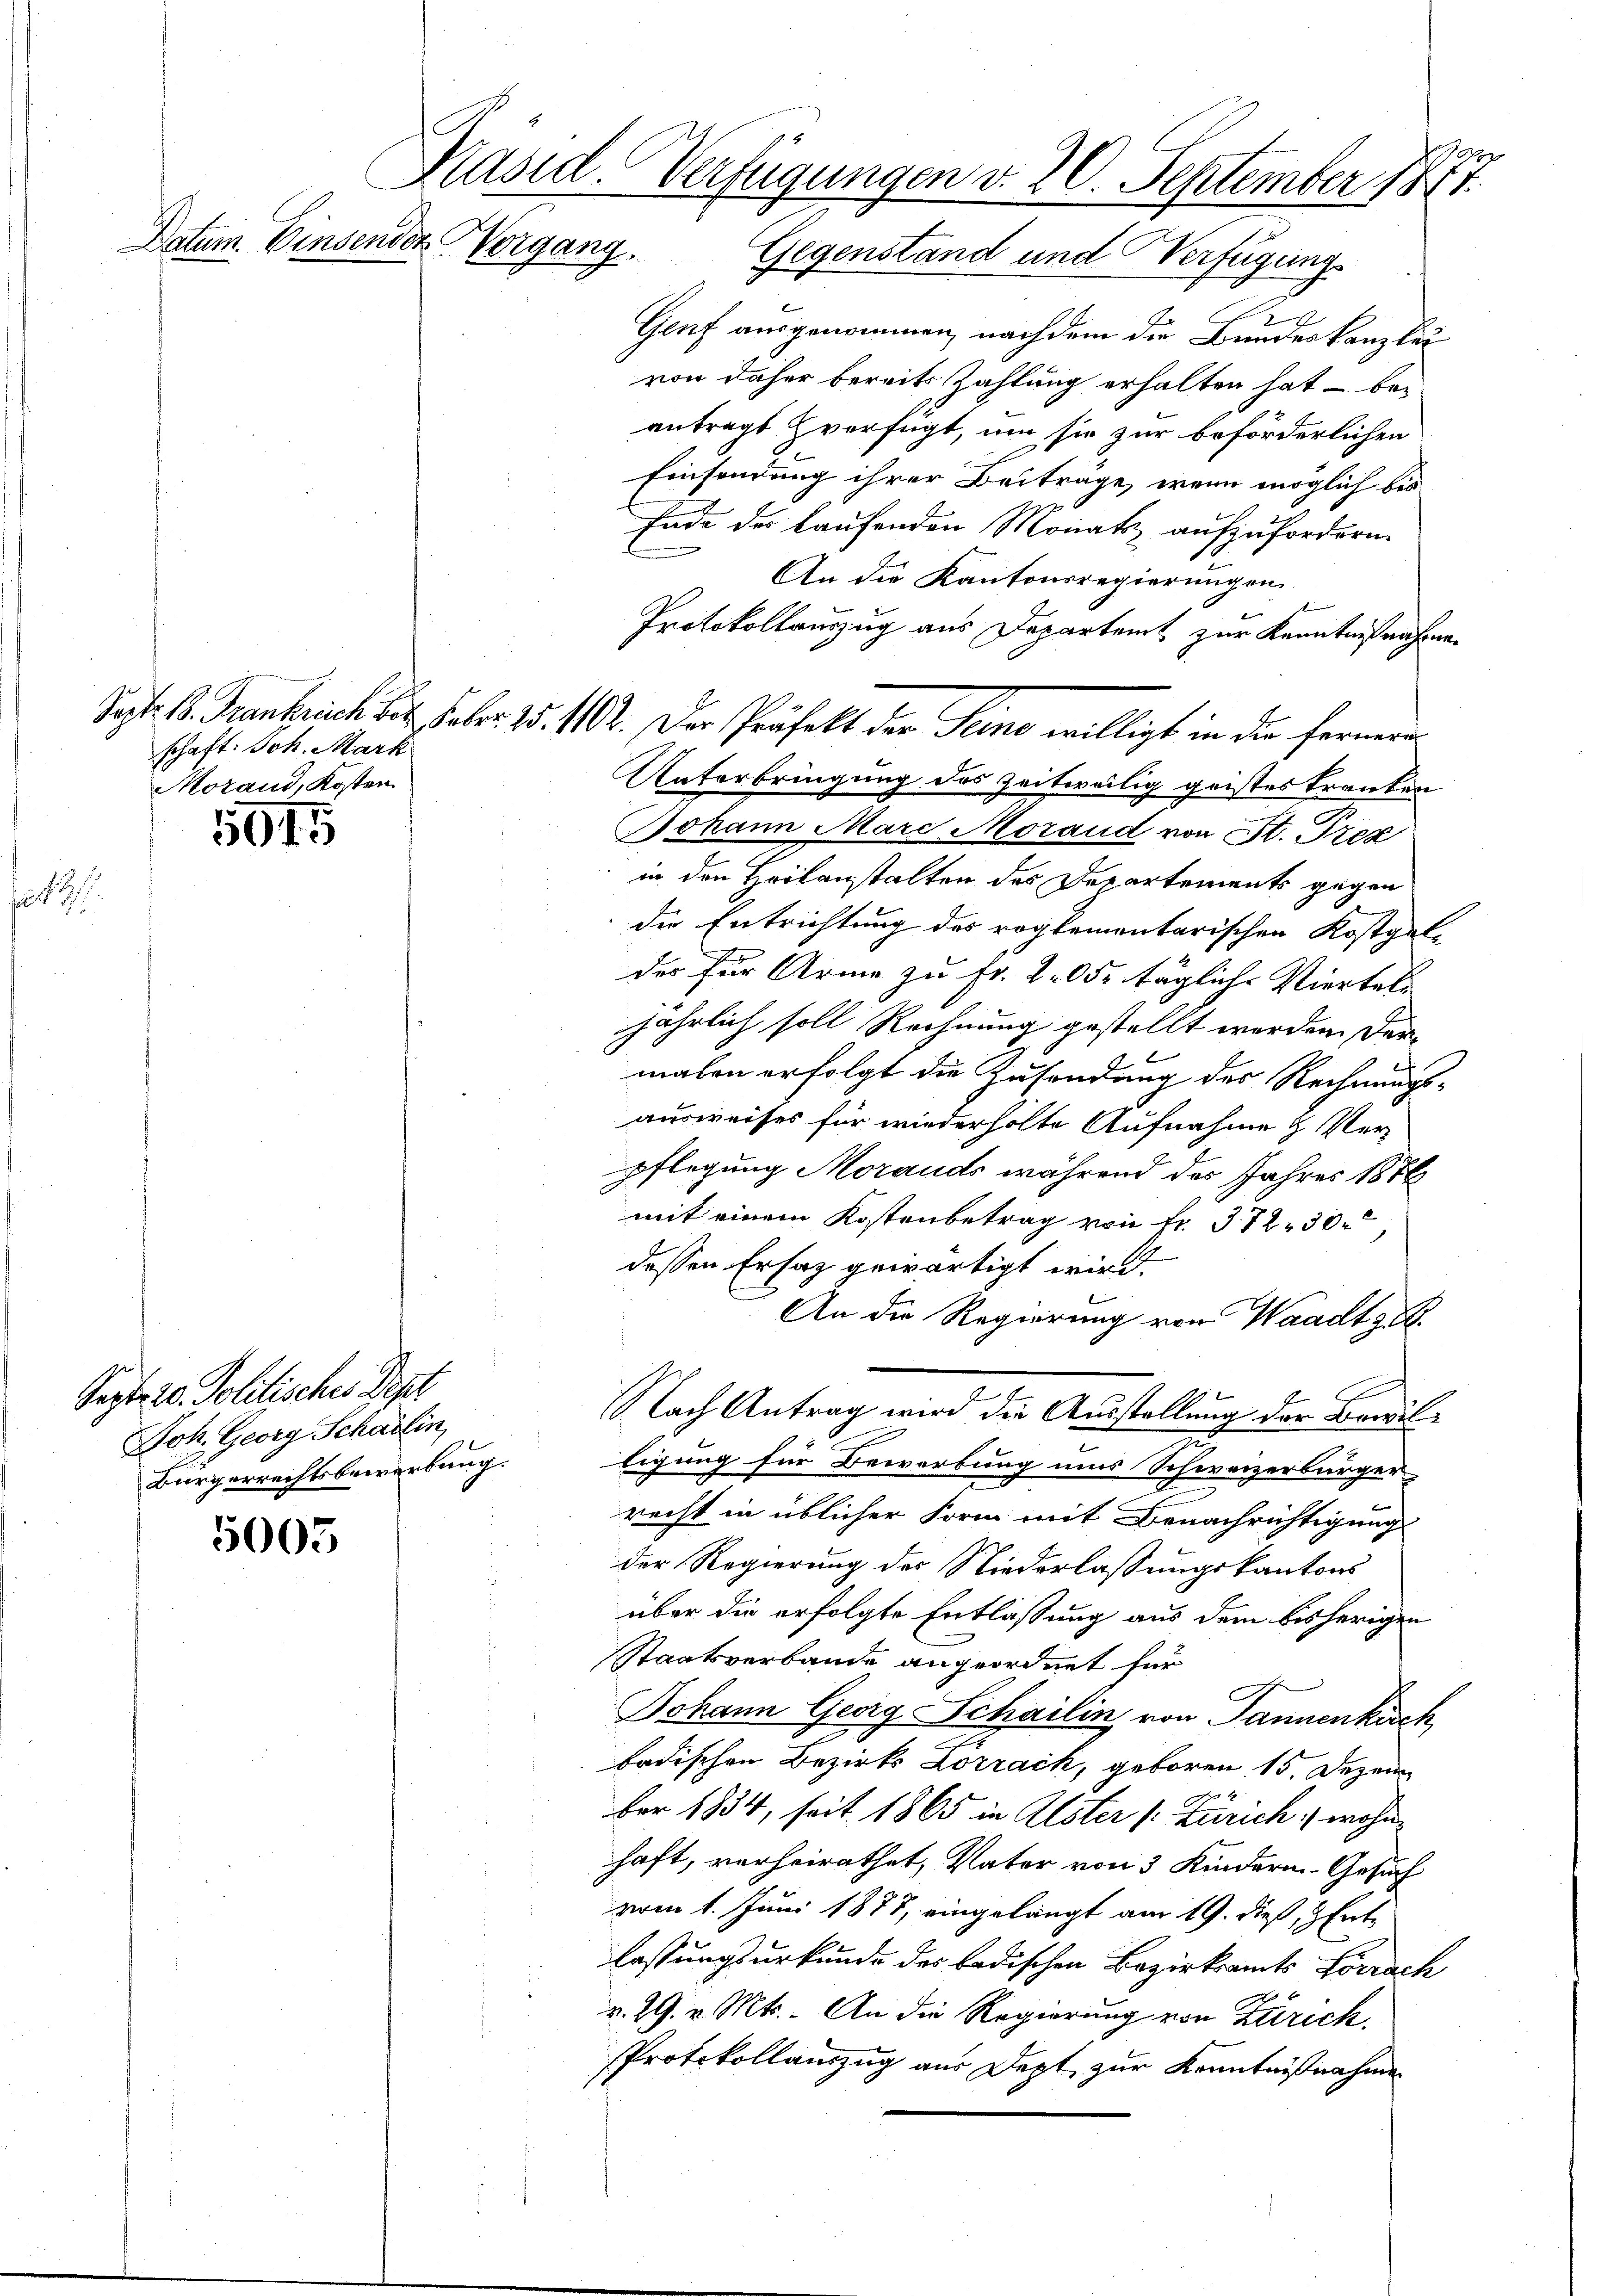
f

schaft: Joh. Mark
Morand, Kosten.

5915

Sept. 20. Politisches Dept.
Joh. Georg Schaulin,
Bürgerrechtsbewerbung.

5005

o
Käsid. Verfügungen v. 20. September 1871.
Datum Einsender Vorgang.
Gegenstand und Verfügung

Genf ausgenommen, nachdem die Bundeskanzlei
von daher bereits Zahlung erhalten hat – beantragt verfügt, um sie zur beförderlichen
Einsendung ihrer Beitrage, wenn möglich bis
Ende der laufenden Monatz aufzufordern.
An die Kantonsregierungen
Protokollauszug aus Departent zur Kenntnißnahmen
Unterbringung des zeitweilig geistes Franken
Johann Marc Mozaud von St. Prez
in den Heilanstalten des Departements gegen
die Entrichtung des reglementarischen Kostgal-
des für Arme zu Fr. 205. tägliche Viertels
jährlich soll Rechnung gestellt werden der
malen erfolgt die Zusendung des Rechnungs-
ausweises für wiederholte Aufnahme & Verpflegung Morands während des Jahres 1886
mit einem Kostenbetrag von fr. 372. 30.
dessen Ersatz gewärtigt wird.
An die Regierung von Waadt gel
.
Nach Antrag wird die Ausstellung der Bewilligung für Bewerbung uns Schweizerbürger
recht in üblicher Form mit Benachrichtigung
der Regierung des Niederlassungskantons
über die erfolgte Entlassung aus dem bisherigen
Staatsverbande angeordnet für
Johann Georg Schailin von Jannenkisch
badischen Bezirks Lörrach, geboren 15. Dezem
ber 1834, seit 1865 in Alster (Zürich) wohn
haft, vorheirathet, Vater von 3 Kindern. Gesuch
vom 1. Juni 1877, eingelangt am 19. dieß, hat
lassungsurkunde des badischen Bezirksamts Lörrach
v. 29. v. Mts. An die Regierung von Zürich.
Protokollauszug aus Dept zur Kenntnißnahme

Sept. B. Frantrich des Febr. 15. 112. Der Präfekt der Seine willigt in die fernern